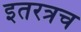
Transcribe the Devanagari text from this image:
इतरत्रच